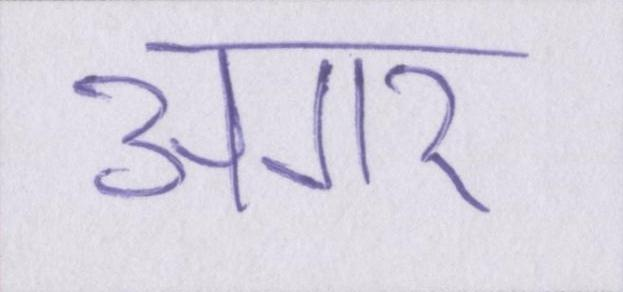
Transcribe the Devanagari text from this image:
अगर